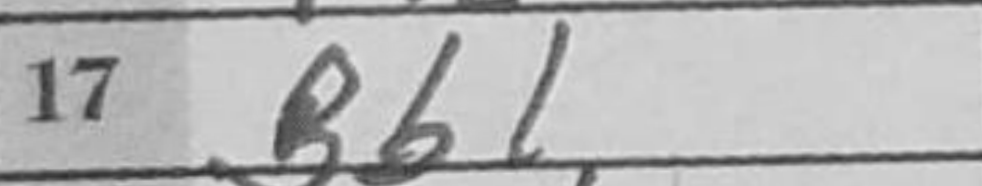
Transcription: Bb1